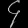
Digit: ၄